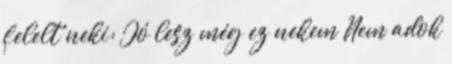
felelt neki: Jó lesz még ez nekem Nem adok